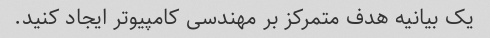
یک بیانیه هدف متمرکز بر مهندسی کامپیوتر ایجاد کنید.